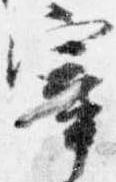
宰